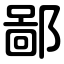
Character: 鄙